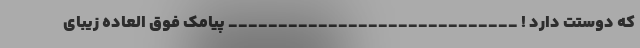
که دوستت دارد ! _____________________________ پیامک فوق العاده زیبای